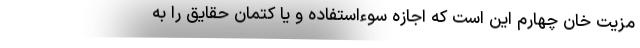
مزیت خان چهارم این است که اجازه سوءاستفاده و یا کتمان حقایق را به